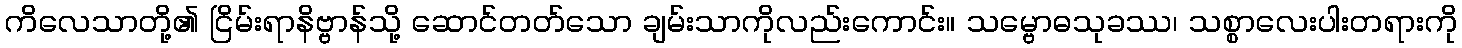
ကိလေသာတို့၏ ငြိမ်းရာနိဗ္ဗာန်သို့ ဆောင်တတ်သော ချမ်းသာကိုလည်းကောင်း။ သမ္ဗောဓသုခဿ၊ သစ္စာလေးပါးတရားကို